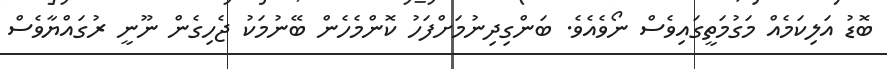
ބޮޑު އަލިކަމެއް މަގުމަތީގައިވެސް ނޯވެއެވެ. ބަންގިދިނުމަށްފަހު ކޮންމެހެން ބޭނުމަކު ޖެހިގެން ނޫނީ ރުގައްޔާވެސް